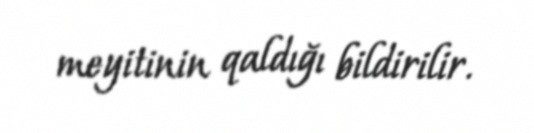
meyitinin qaldığı bildirilir.